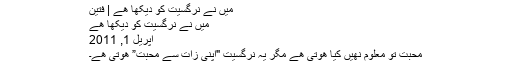
میں نے نرگسیت کو دیکھا ھے | فتین
میں نے نرگسیت کو دیکھا ھے
اپریل 1, 2011
محبت تو معلوم نھیں کیا ھوتی ھے مگر یہ نرگسیت "اپنی زات سے محبت” ھوتی ھے۔